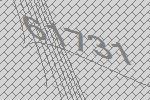
61731